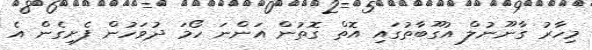
މިހާރު ގާނޫނުލް އުގޫބާތުގައި އޮތް ގޮތުން އަންނަ ހޯމަ ދުވަހުން ފެށިގެން އެ